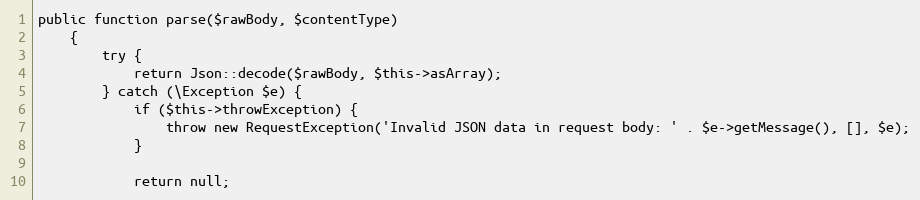
Language: PHP
public function parse($rawBody, $contentType)
    {
        try {
            return Json::decode($rawBody, $this->asArray);
        } catch (\Exception $e) {
            if ($this->throwException) {
                throw new RequestException('Invalid JSON data in request body: ' . $e->getMessage(), [], $e);
            }

            return null;